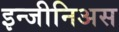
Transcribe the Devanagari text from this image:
इन्जीनिअस